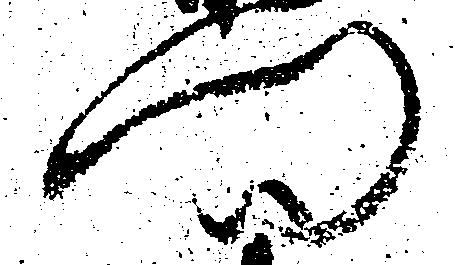
門